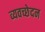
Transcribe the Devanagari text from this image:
व्यवच्छेदन